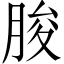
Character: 脧